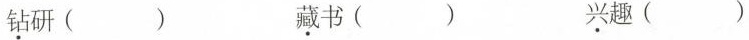
钻研() 藏书() 兴趣()